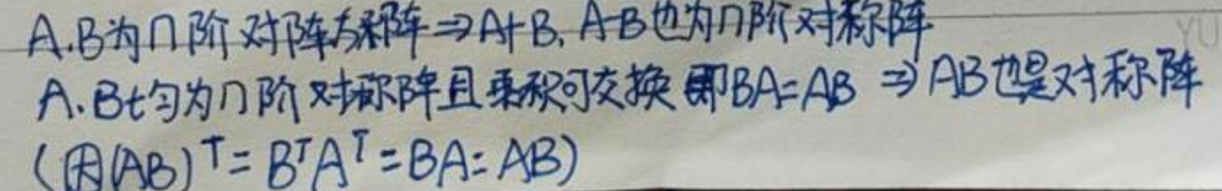
$A,B$为$n$阶对称方阵$\Rightarrow A + B,AB$也为$n$阶对称阵
$A,B$均为$n$阶对称阵且乘积可交换即$BA = AB\Rightarrow AB$也是对称阵
(因$(AB)^T=B^TA^T = BA = AB$)